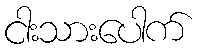
ငါးသားပေါက်